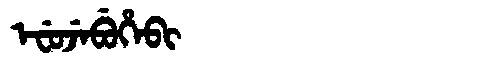
Manchu: ᡝᠸᡠᠵᡝᠪᡠᡥᡝᠪᡳ
Romanization: EFUJEBUHEBI